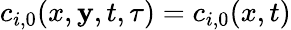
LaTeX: c_{i,0}(x,\mathbf{y},t,\tau)=c_{i,0}(x,t)